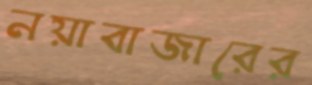
নয়াবাজারের